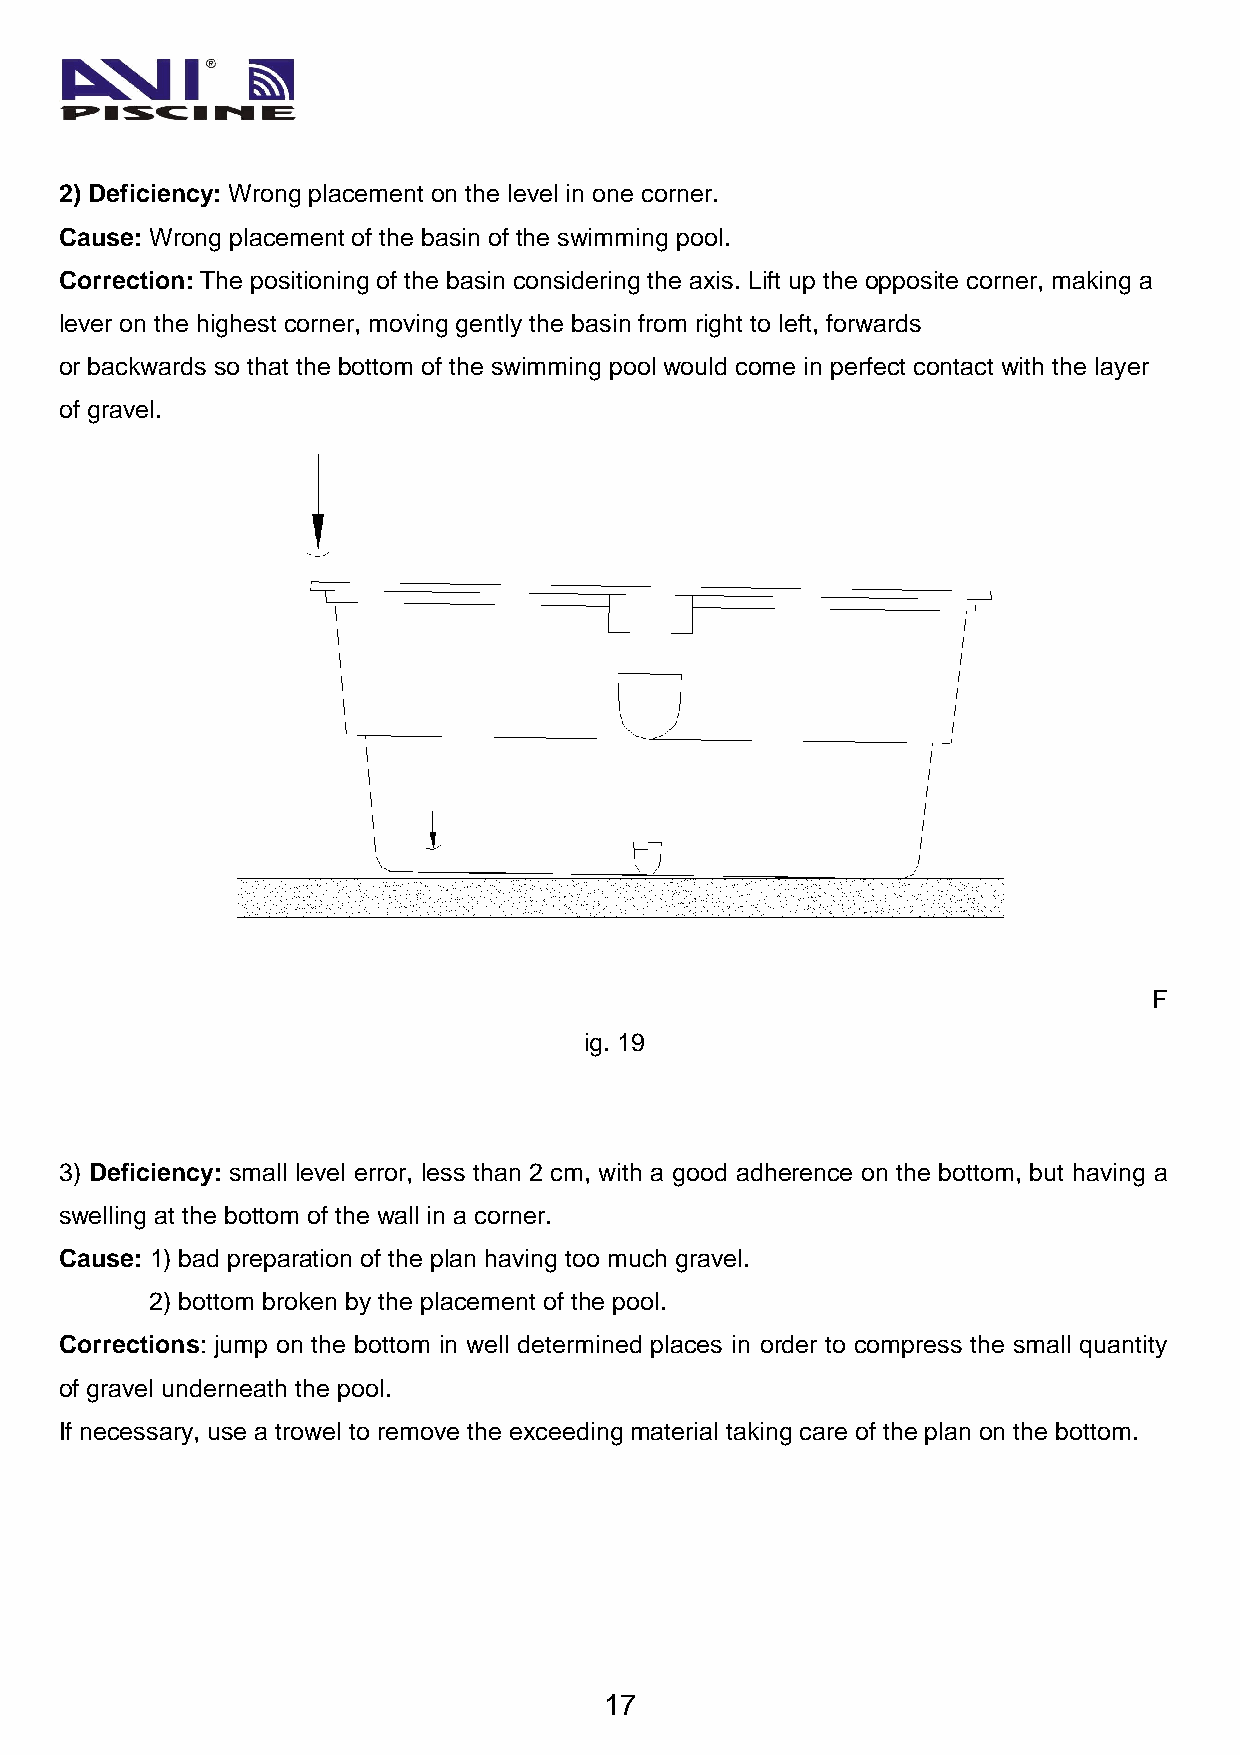
2) Deficiency: Wrong placement on the level in one corner.
 Cause: Wrong placement of the basin of the swimming pool.
 Correction: The positioning of the basin considering the axis. Lift up the opposite corner, making a
 lever on the highest corner, moving gently the basin from right to left, forwards
 or backwards so that the bottom of the swimming pool would come in perfect contact with the layer
 of gravel.
 F
 ig. 19
 3) Deficiency: small level error, less than 2 cm, with a good adherence on the bottom, but having a
 swelling at the bottom of the wall in a corner.
 Cause: 1) bad preparation of the plan having too much gravel.
 2) bottom broken by the placement of the pool.
 Corrections: jump on the bottom in well determined places in order to compress the small quantity
 of gravel underneath the pool.
 If necessary, use a trowel to remove the exceeding material taking care of the plan on the bottom.
 17